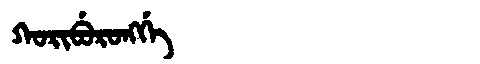
Manchu: ᡴᠣᡵᡳᠪᡠᡵᠣᠩᡤᡝ
Romanization: KORIBURONGGE